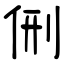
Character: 侀